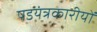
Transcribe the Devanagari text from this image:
षडयंत्रकारीयों